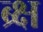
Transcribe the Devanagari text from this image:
ब्र्क्ष